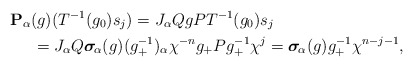
\begin{align*}&\mathbf{P}_{\alpha}(g) (T^{-1}(g_0) s_j)=J_{\alpha}QgPT^{-1}(g_0)s_j\\& \phantom{abc}=J_{\alpha}Q\boldsymbol\sigma_{\!\alpha}(g)(g_+^{-1})_\alpha\chi^{-n}g_+P g_+^{-1}\chi^j=\boldsymbol\sigma_{\!\alpha}(g)g_+^{-1} \chi^{n-j-1},\end{align*}